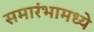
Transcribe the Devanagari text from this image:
समारंभामध्ये